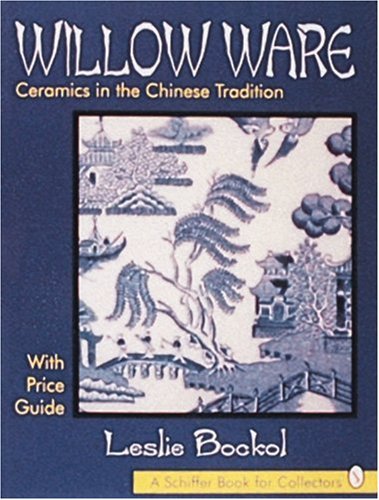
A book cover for Willow Ware: Ceramics in the Chinese Tradition : With Price Guide (Schiffer Book for Collectors); Leslie Bockol; Crafts, Hobbies & Home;